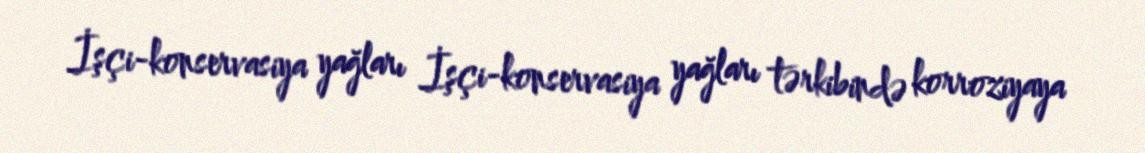
İşçi-konservasiya yağları İşçi-konservasiya yağları tərkibində korroziyaya